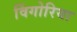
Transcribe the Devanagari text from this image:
विंगोरिया